Report on sanitation, dispensaries, and jails in Rajputana for 1915, and on vaccination for the year 1915-1916 - 1915-1916
Year: 1915
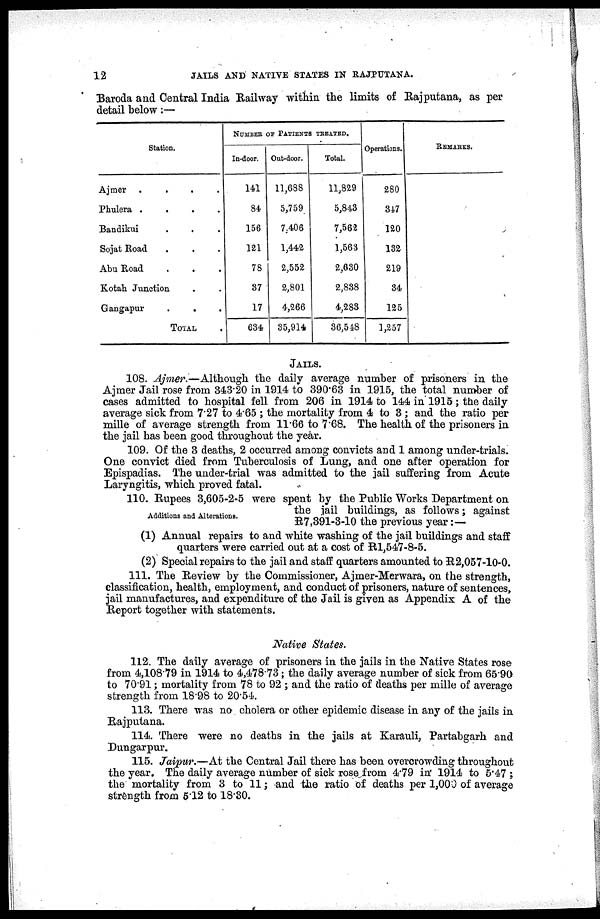
12
JAILS AND NATIVE STATES IN RAJPUTANA.
Baroda and Central India Railway within the limits of Rajputana, as per
detail below:—
Station.
Ajmer .
.
.
.
Phulera .
.
.
.
Bandikui . . .
Sojat Road . . .
Abu Road . . .
Kotah Junction . .
Gangapur
.
. .
TOTAL.
NUMBER OF PATIENTS TREATED.
In-door.
141
84
156
121
78
37
17
634
Out-door.
11,688
5,759
7,406
1,442
2,552
2,801
4,266
35,914
Total.
11,829
5,843
7,562
1,563
2,630
2,838
4,283
36,548
Operations.
280
347
120
132
219
34
125
1,257
REMARKS.
JAILS.
108. Ajmer.—Although the daily average number of prisoners in the
Ajmer Jail rose from 343.20 in 1914 to 390.63 in 1915, the total number of
cases admitted to hospital fell from 206 in 1914 to 144 in 1915; the daily
average sick from 7.27 to 4.65 ; the mortality from 4 to 3 ; and the ratio per
mille of average strength from 11.66 to 7.68. The health of the prisoners in
the jail has been good throughout the year.
109. Of the 3 deaths, 2 occurred among convicts and 1 among under-trials.
One convict died from Tuberculosis of Lung, and one after operation for
Epispadias. The under-trial was admitted to the jail suffering from Acute
Laryngitis, which proved fatal.
Additions and Alterations.
110. Rupees 3,605-2-5 were spent by the Public Works Department on
the jail buildings, as follows; against
R7,391-3-10 the previous year :—
(1) Annual repairs to and white washing of the jail buildings and staff
quarters were carried out at a cost of R1,547-8-5.
(2) Special repairs to the jail and staff quarters amounted to R2,057-10-0.
111. The Review by the Commissioner, Ajmer-Merwara, on the strength,
classification, health, employment, and conduct of prisoners, nature of sentences,
jail manufactures, and expenditure of the Jail is given as Appendix A of the
Report together with statements.
Native States.
112. The daily average of prisoners in the jails in the Native States rose
from 4,108.79 in 1914 to 4,478.73; the daily average number of sick from 65.90
to 70.91; mortality from 78 to 92 ; and the ratio of deaths per mille of average
strength from 18.98 to 20.54.
113. There was no cholera or other epidemic disease in any of the jails in
Rajputana.
114. There were no deaths in the jails at Karauli, Partabgarh and
Dungarpur.
115. Jaipur.—At the Central Jail there has been overcrowding throughout
the year. The daily average number of sick rose from 4.79 in 1914 to 5.47 ;
the mortality from 3 to 11; and the ratio of deaths per 1,000 of average
strength from 5.12 to 18.30.